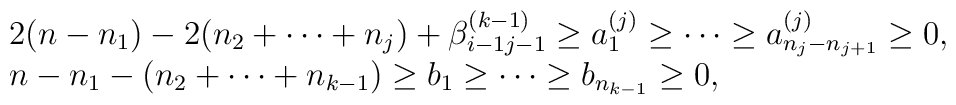
\begin{array}{l}2(n-n_1 )-2(n_2 + \cdots + n_j )+\beta^{(k-1)}_{i-1 j-1}\geq a^{(j)}_1 \geq \cdots \geq a^{(j)}_{n_j -n_{j+1}}\geq 0, \\n-n_1 -(n_2 + \cdots +n_{k-1})\geq b_1 \geq \cdots \geq b_{n_{k-1}} \geq 0,\end{array}